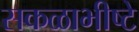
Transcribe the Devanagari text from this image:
सकळाभीष्टे